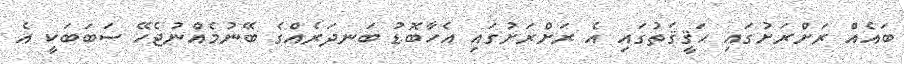
ބައެއް ރަށްރަށުގައި ޙަޤީޤަތުގައި އެ ރަށްރަށުގައި އެހާބޮޑު ބަނދަރެއްގެ ބޭނުމެއްނުޖެހޭ ސަބަބަކީ އެ